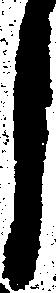
し